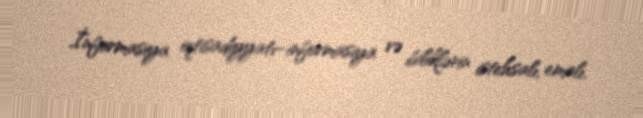
İnformasiya iqtisadiyyatı–informasiya və biliklərin istehsalı, emalı,